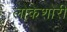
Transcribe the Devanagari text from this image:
लोकेशोरी